Vaccination in Bombay 1869-1873 - 1869-1873
Year: 1869
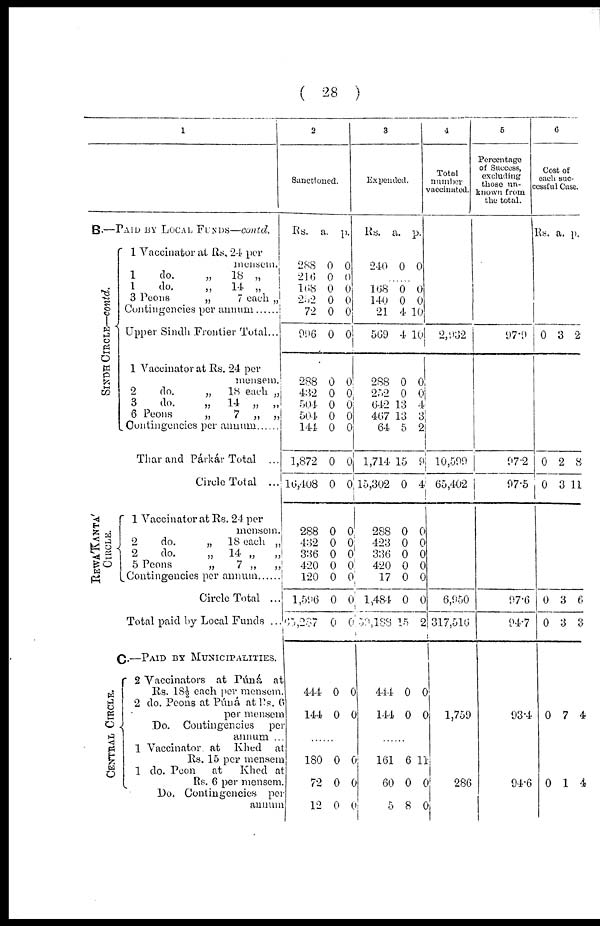
( 28 )
1
B.—PAID BY LOCAL FUNDS—contd.
SINDH CIRCLE—contd.
REWA'KANTA'
CIRCLE.
CENTRAL CIRCLE.
1 Vaccinator at Rs. 24 per
mensem.
1
do.
„
18 „
1
do.
„
14 „
3 Peons
„
7 each „
Contingencies per annum ......
Upper Sindh Frontier Total...
1 Vaccinator at Rs. 24 per
mensem.
2
do.
„
18 each „
3
do.
„
14 „
„
6 Peons
„
7 „
„
Contingencies per annum ......
Thar and Párkár Total ...
Circle Total
...
1 Vaccinator at Rs. 24 per
mensem.
2
do.
„
18 each „
2
do.
„
14 „
„
5 Peons
„
7 „
„
Contingencies per annum......
Circle Total ...
Total paid by Local Funds
...
C.—PAID BY MUNICIPALITIES.
2 Vaccinators at Púná at
Rs. 18½ each per mensem.
2 do. Peons at Púná at Rs. 6
per mensem
Do.
Contingencies
per
annum ...
1 Vaccinator at Khed at
Rs. 15 per mensem
1 do. Peon
at
Khed at
Rs. 6 per mensem.
Do. Contingencies per
annum
2
Sanctioned.
Rs.
288
216
168
252
72
996
288
432
504
504
144
1,872
16,408
288
432
336
420
120
1,596
65,287
a.
0
0
0
0
0
0
0
0
0
0
0
0
0
0
0
0
0
0
0
0
p.
0
0
0
0
0
0
0
0 0
0
0
0
0
0
0
0 0
0
0
0
444
144
0
0
0
0
......
180
72
12
0
0
0
0
0
0
3
Expended.
Rs.
240
a.
0
p.
0
......
168
140
21
569
288
252
642
467
64
1,714
15,302
288
423
336
420
17
1,484
59,188
0
0
4
4
0
0
13
13
5
15
0
0
0
0
0
0
0
15
0
0
10
10
0
0
4
3
2
9
4
0
0
0
0
0
0
2
444
144
0
0
0
0
......
161
60
5
6
0
8
11
0
0
4
Total
number
vaccinated.
2,932
10,599
65,402
6,950
317,516
1,759
286
5
Percentage
of Success,
excluding
those un¬
Known from
the total.
97.9
97.2
97.5
97.6
94.7
93.4
94.6
6
Cost of
each suc¬
cessful Case.
Rs. a. p.
0 3 2
0
0
2
3
8
11
0
0
3
3
6
3
0
0
7
1
4
4